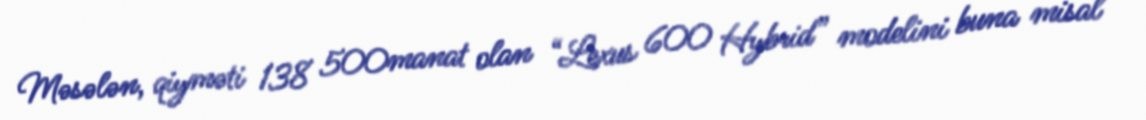
Məsələn, qiyməti 138 500manat olan “Lexus 600 Hybrid” modelini buna misal